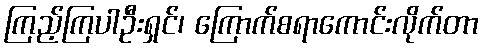
ကြည့်ကြပါဦးရှင်၊ ကြောက်စရာကောင်းလိုက်တာ